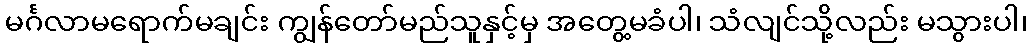
မင်္ဂလာမရောက်မချင်း ကျွန်တော်မည်သူနှင့်မှ အတွေ့မခံပါ၊ သံလျင်သို့လည်း မသွားပါ၊